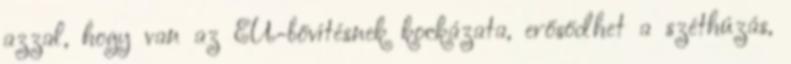
azzal, hogy van az EU-bővítésnek kockázata, erősödhet a széthúzás,